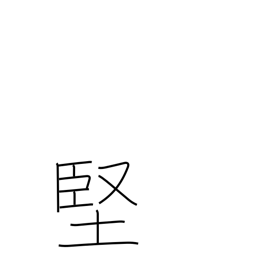
Meaning: tough